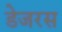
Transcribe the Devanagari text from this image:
डेजरस